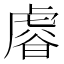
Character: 𧇋